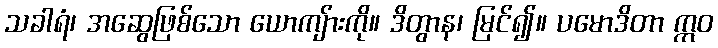
သခါရံ၊ အဆွေဖြစ်သော ယောကျ်ားကို။ ဒိတွာန၊ မြင်၍။ ပမောဒိတာ ဣဝ